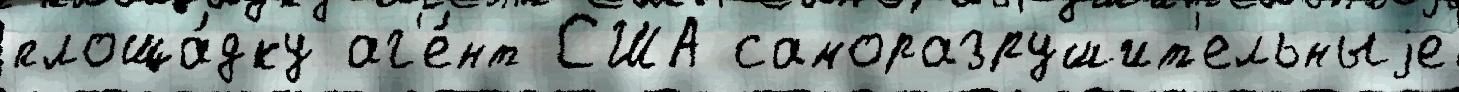
площа́дку аг'е́нт США саморазрушит'ельныjе